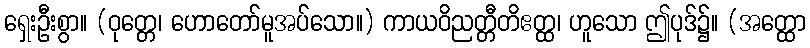
ရှေးဦးစွာ။ (ဝုတ္တေ၊ ဟောတော်မူအပ်သော။) ကာယဝိညတ္တီတိဧတ္ထ၊ ဟူသော ဤပုဒ်၌။ (အတ္ထော